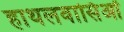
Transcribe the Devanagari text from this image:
हाथलवासिओं